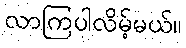
လာကြပါလိမ့်မယ်။